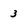
Character: 3